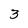
Character: 3